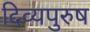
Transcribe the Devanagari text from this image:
दिव्यपुरुष